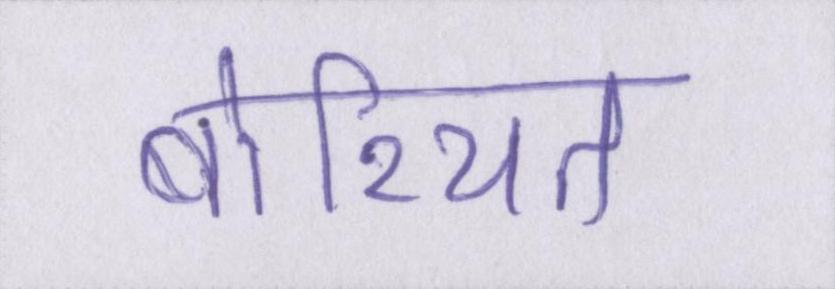
बोरियत